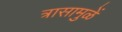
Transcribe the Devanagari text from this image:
त्रासामुळें